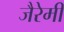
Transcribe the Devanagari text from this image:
जैरेमी